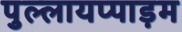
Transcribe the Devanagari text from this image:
पुल्लायप्पाड़म